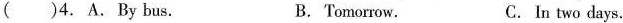
( )4.A.By bus. B.Tomorrow. C. In two days.